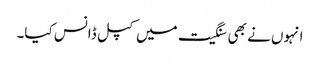
انہوں نے بھی سنگیت میں کپل ڈانس کیا۔